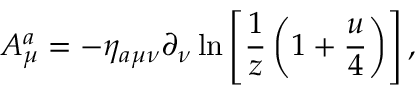
A _ { \mu } ^ { a } = - \eta _ { a \mu \nu } \partial _ { \nu } \ln \left[ { \frac { 1 } { z } } \left( 1 + { \frac { u } { 4 } } \right) \right] ,